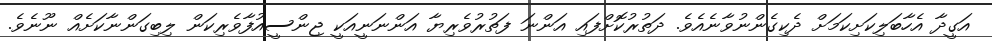
އަގީދާ އެހާބަލިކަށިކަމަށް ދެކިގެންނުވާނެއެވެ. ދަތުރުކޮށްފައި އަންނަ ފަތުރުވެރިޔާ އަންނަނީއަކީ ޖިންސީއުފާވެރިކަން ލިބިގަންނާކަށެއް ނޫނެވެ.